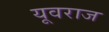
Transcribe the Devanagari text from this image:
यूवराज